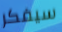
سيفكر